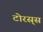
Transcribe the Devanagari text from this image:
टोरस्र्स